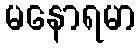
မနောရမာ